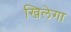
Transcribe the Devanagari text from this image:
खिलेगा